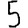
Digit: 5